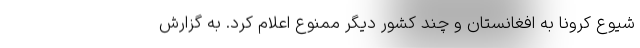
شیوع کرونا به افغانستان و چند کشور دیگر ممنوع اعلام کرد. به گزارش